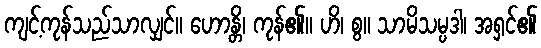
ကျင့်ကုန်သည်သာလျှင်။ ဟောန္တိ၊ ကုန်၏။ ဟိ၊ စွ။ သာမိသမ္ပဒါ၊ အရှင်၏